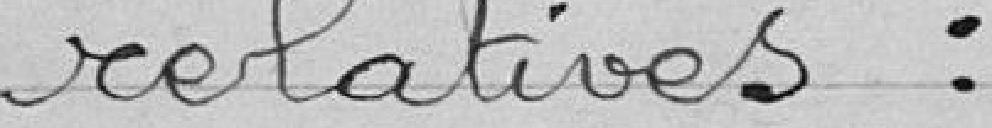
relatives: